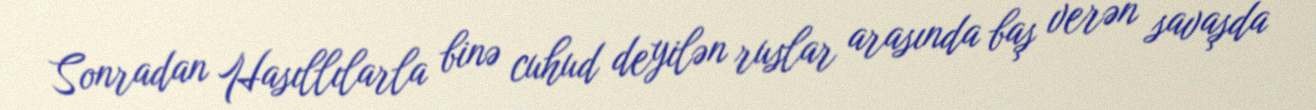
Sonradan Hasıllılarla binə cuhud deyilən ruslar arasında baş verən savaşda